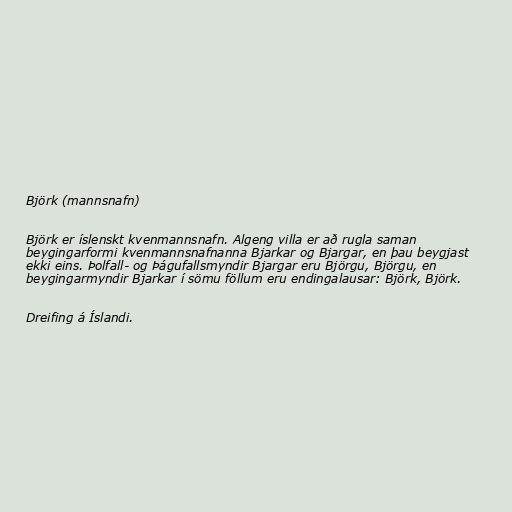
Björk (mannsnafn)

Björk er íslenskt kvenmannsnafn. Algeng villa er að rugla saman
beygingarformi kvenmannsnafnanna Bjarkar og Bjargar, en þau beygjast
ekki eins. Þolfall- og Þágufallsmyndir Bjargar eru Björgu, Björgu, en
beygingarmyndir Bjarkar í sömu föllum eru endingalausar: Björk, Björk.

Dreifing á Íslandi.